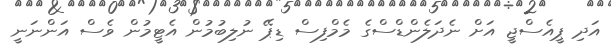
އަދި ޕީއެސްޖީ އަށް ނެދަލެންޑްސްގެ މެމްފިސް ޑިޕޭ ނުލިބުމުން އެޓީމުން ވެސް އަންނަނީ